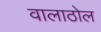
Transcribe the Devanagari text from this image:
वालाठोल